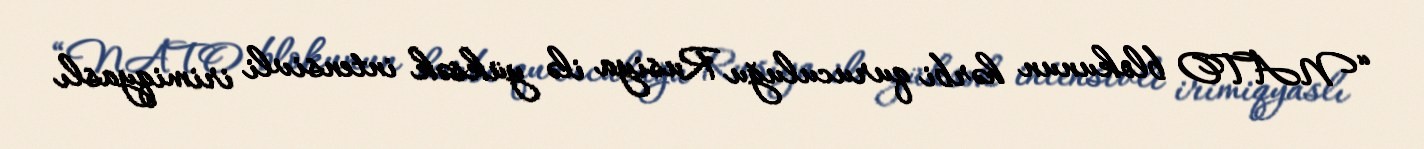
“NATO blokunun hərbi quruculuğu Rusiya ilə yüksək intensivli irimiqyaslı